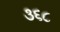
૩૬૮